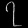
Digit: ၇